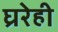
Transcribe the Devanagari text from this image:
घ्ररेही